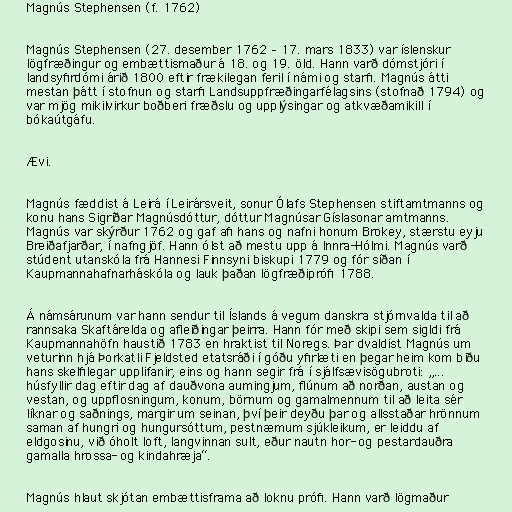
Magnús Stephensen (f. 1762)

Magnús Stephensen (27. desember 1762 – 17. mars 1833) var íslenskur
lögfræðingur og embættismaður á 18. og 19. öld. Hann varð dómstjóri í
landsyfirdómi árið 1800 eftir frækilegan feril í námi og starfi. Magnús átti
mestan þátt í stofnun og starfi Landsuppfræðingarfélagsins (stofnað 1794) og
var mjög mikilvirkur boðberi fræðslu og upplýsingar og atkvæðamikill í
bókaútgáfu.

Ævi.

Magnús fæddist á Leirá í Leirársveit, sonur Ólafs Stephensen stiftamtmanns og
konu hans Sigríðar Magnúsdóttur, dóttur Magnúsar Gíslasonar amtmanns.
Magnús var skýrður 1762 og gaf afi hans og nafni honum Brokey, stærstu eyju
Breiðafjarðar, í nafngjöf. Hann ólst að mestu upp á Innra-Hólmi. Magnús varð
stúdent utanskóla frá Hannesi Finnsyni biskupi 1779 og fór síðan í
Kaupmannahafnarháskóla og lauk þaðan lögfræðiprófi 1788.

Á námsárunum var hann sendur til Íslands á vegum danskra stjórnvalda til að
rannsaka Skaftárelda og afleiðingar þeirra. Hann fór með skipi sem sigldi frá
Kaupmannahöfn haustið 1783 en hraktist til Noregs. Þar dvaldist Magnús um
veturinn hjá Þorkatli Fjeldsted etatsráði í góðu yfirlæti en þegar heim kom biðu
hans skelfilegar upplifanir, eins og hann segir frá í sjálfsævisögubroti: „...
húsfyllir dag eftir dag af dauðvona aumingjum, flúnum að norðan, austan og
vestan, og uppflosningum, konum, börnum og gamalmennum til að leita sér
líknar og saðnings, margir um seinan, því þeir deyðu þar og allsstaðar hrönnum
saman af hungri og hungursóttum, pestnæmum sjúkleikum, er leiddu af
eldgosinu, við óholt loft, langvinnan sult, eður nautn hor- og pestardauðra
gamalla hrossa- og kindahræja“.

Magnús hlaut skjótan embættisframa að loknu prófi. Hann varð lögmaður